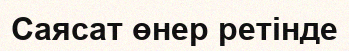
Саясат өнер ретінде